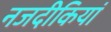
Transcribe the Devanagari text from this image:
नजदीकियां